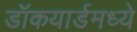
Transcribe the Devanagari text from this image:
डॉकयार्डमध्ये